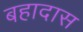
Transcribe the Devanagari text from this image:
बहादास